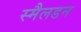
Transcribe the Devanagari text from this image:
स्मैलडन